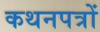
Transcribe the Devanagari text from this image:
कथनपत्रों